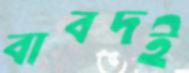
বাবদই